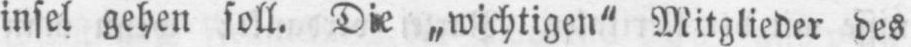
insel gehen soll. Die „wichtigen“ Mitglieder des